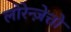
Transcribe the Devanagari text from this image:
लोरेन्ज़ेत्तो